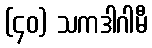
(၄၀) သကဒါဂါမီ